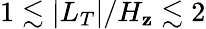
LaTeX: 1\lesssim|L_{T}|/H_{\mathbf{z}}\lesssim2